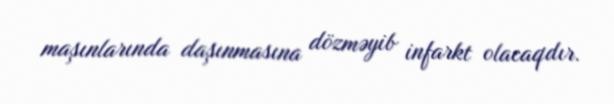
maşınlarında daşınmasına dözməyib infarkt olacaqdır.